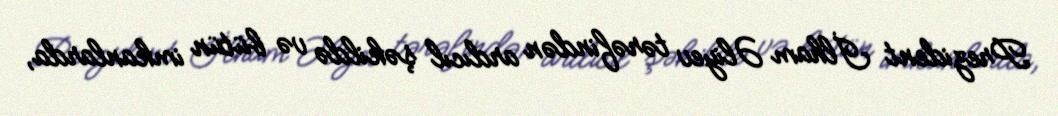
Prezident İlham Əliyev tərəfindən ardıcıl şəkildə və bütün imkanlarda,